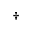
^ \dag